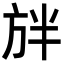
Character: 𭤲